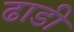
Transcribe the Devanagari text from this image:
ढाडी